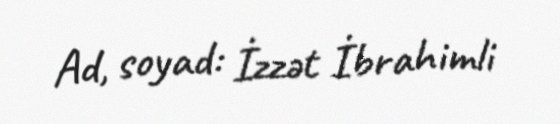
Ad, soyad: İzzət İbrahimli